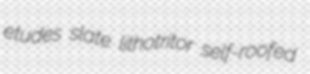
etudes slate lithotritor self-roofed